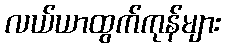
လယ်ယာထွက်ကုန်များ